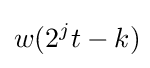
w(2^{j}t-k)\!